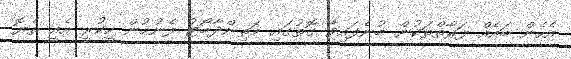
އެހެން ބައެއް ފަރާތްތަކުން ބުނެފައިވާ ގޮތުގައި މަތިންދާބޯޓު ފެނުމުން ހީކުރީ އެއީ ތެޔޮ